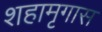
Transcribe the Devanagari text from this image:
शहामृगास